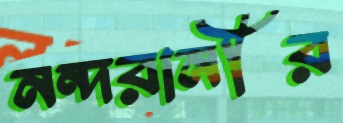
নন্দরানীর